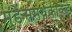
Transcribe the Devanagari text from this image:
मुंडेंसमर्थकाकडे